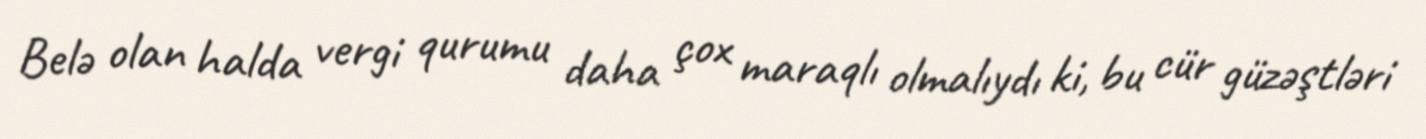
Belə olan halda vergi qurumu daha çox maraqlı olmalıydı ki, bu cür güzəştləri